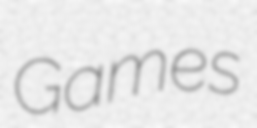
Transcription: Games